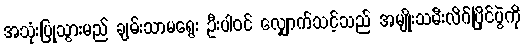
အသုံးပြုသွားမည် ချမ်းသာမရွေး ဦးပါဝင် လျှောက်သင့်သည် အမျိုးသမီးလိဂ်ပြိုင်ပွဲကို